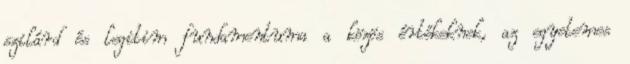
szilárd és legitim fundamentuma a közös értékeknek, az egyetemes